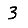
Digit: 3